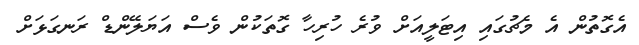
އެގޮތުން އެ މެޗުގައި އިޓަލީއަށް ވުރެ ހުރިހާ ގޮތަކުން ވެސް އަޔަލޭންޑް ރަނގަޅަށް